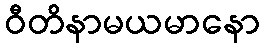
ဝီတိနာမယမာနော